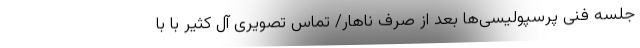
جلسه فنی پرسپولیسی‌ها بعد از صرف ناهار/ تماس تصویری آل کثیر با با